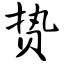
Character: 贽